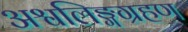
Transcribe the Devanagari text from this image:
अश्वलिङ्गग्रहण